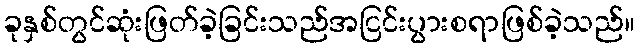
ခုနှစ်တွင်ဆုံးဖြတ်ခဲ့ခြင်းသည်အငြင်းပွားစရာဖြစ်ခဲ့သည်။